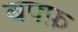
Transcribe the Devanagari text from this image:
बफ्फ़